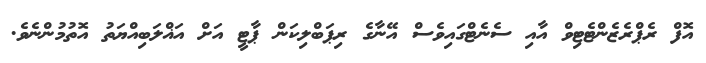
އޮފް ރެޕްރެޒެންޓެޓިވް އާއި ސެނެޓްގައިވެސް އޭނާގެ ރިޕަބްލިކަން ޕާޓީ އަށް އަޣްލަބިއްޔަތު އޮތުމުންނެވެ.